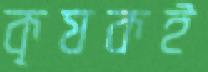
কৃষকই